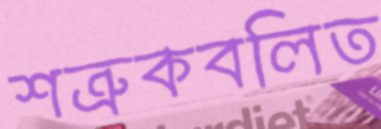
শত্রুকবলিত